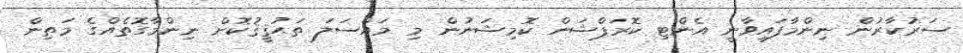
ސަރުކާރުން ނިންމާފައިވާނީ އެންޓި ކޮރަޕްޝަން ކޮމިޝަނުން މި މައްސަލަ ތަޙުޤީޤުކޮށް ނިންމާގޮތެއްގެ މަތިން